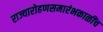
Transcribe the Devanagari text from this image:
राज्यारोहणसमारंभकाळींच